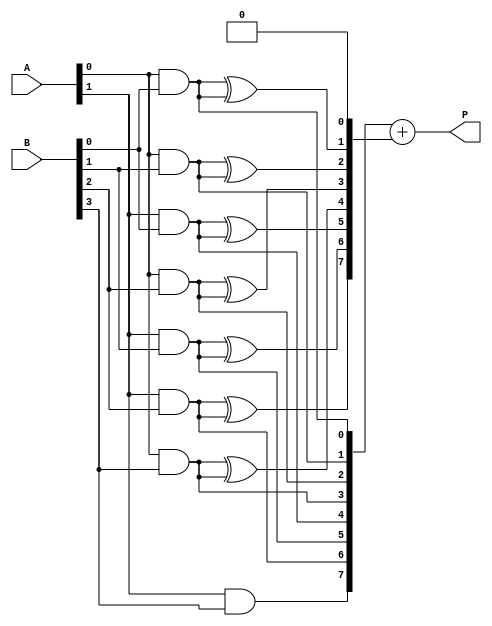
module FaultTolerantWallaceTreeMultiplier #(parameter A_WIDTH = 4, B_WIDTH = 4)(
    input [A_WIDTH-1:0] A,
    input [B_WIDTH-1:0] B,
    output reg [A_WIDTH + B_WIDTH - 1:0] P
);

    // Generate partial products
    wire [A_WIDTH * B_WIDTH - 1:0] partial_products [0:1];
    genvar i, j;
    generate
        for (i = 0; i < A_WIDTH; i = i + 1) begin : pp_gen
            for (j = 0; j < B_WIDTH; j = j + 1) begin : pp_gen_inner
                assign partial_products[0][i * B_WIDTH + j] = A[i] & B[j]; // Original
                assign partial_products[1][i * B_WIDTH + j] = A[i] & B[j]; // Redundant
            end
        end
    endgenerate

    // Wallace Tree Reduction
    wire [A_WIDTH * B_WIDTH - 1:0] sum, carry;
    wire [A_WIDTH * B_WIDTH - 1:0] sum_r, carry_r;

    // Half Adder
    function [1:0] half_adder(input a, input b);
        half_adder = {a ^ b, a & b};
    endfunction

    // Full Adder
    function [1:0] full_adder(input a, input b, input c);
        full_adder = {(a ^ b) ^ c, (a & b) | (b & c) | (a & c)};
    endfunction

    // Wallace Tree Logic
    // This is a simplified version; a complete implementation would require multiple stages
    integer k;
    always @(*) begin
        // Initialize sums and carries
        sum = 0;
        carry = 0;

        // First stage of reduction
        for (k = 0; k < A_WIDTH * B_WIDTH; k = k + 1) begin
            {carry[k+1], sum[k]} = half_adder(partial_products[0][k], partial_products[1][k]);
        end

        // Voting mechanism for fault tolerance
        // Here we simply take the majority of the two redundant paths
        // In a real implementation, you would need to add more redundancy and checks
        for (k = 0; k < A_WIDTH * B_WIDTH; k = k + 1) begin
            if (partial_products[0][k] == partial_products[1][k]) begin
                sum_r[k] = partial_products[0][k];
            end else begin
                sum_r[k] = 0; // Error detected, handle accordingly
            end
        end

        // Final product calculation (simplified)
        P = sum + carry; // This would be a more complex addition in a real design
    end

endmodule